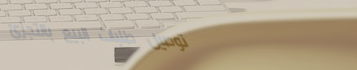
توصيل طلبات البيع بالتجزئ